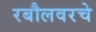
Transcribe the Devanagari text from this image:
रबौलवरचे